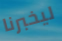
ليخبرنا